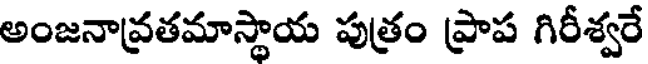
అంజనావ్రతమాస్థాయ పుత్రం ప్రాప గిరీశ్వరే